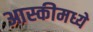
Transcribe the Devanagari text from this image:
आस्कीमध्ये